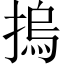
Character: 摀